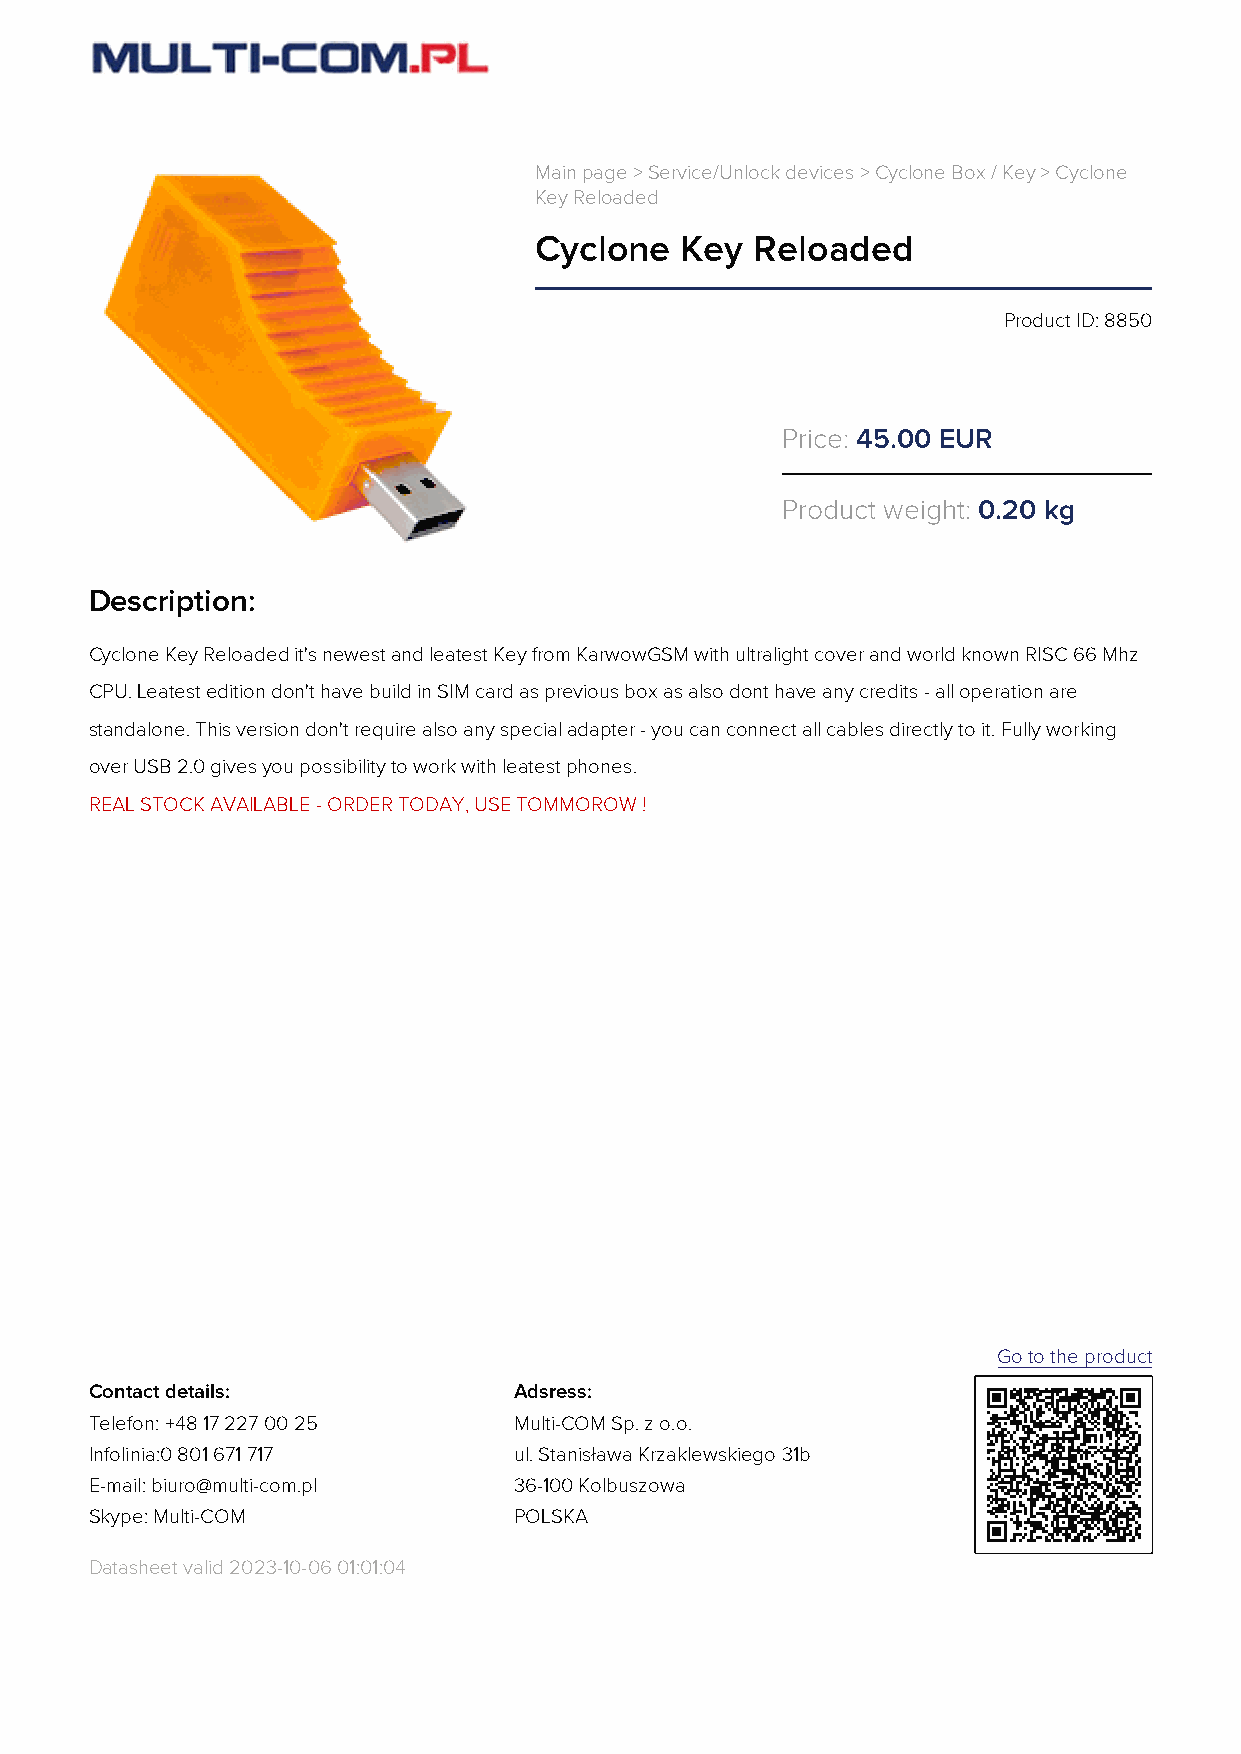
Main page > Service/Unlock devices > Cyclone Box / Key > Cyclone
 Key Reloaded
 Cyclone   Key  Reloaded
 Product ID: 8850
 Price: 45.00 EUR
 Product weight: 0.20 kg
 Description:
 Cyclone Key Reloaded it's newest and leatest Key from KarwowGSM with ultralight cover and world known RISC 66 Mhz
 CPU. Leatest edition don't have build in SIM card as previous box as also dont have any credits - all operation are
 standalone. This version don't require also any special adapter - you can connect all cables directly to it. Fully working
 over USB 2.0 gives you possibility to work with leatest phones.
 REAL STOCK AVAILABLE - ORDER TODAY, USE TOMMOROW !
 Go to the product
 Contact details:            Adsress:
 Telefon: +48 17 227 00 25   Multi-COM Sp. z o.o.
 Infolinia:0 801 671 717     ul. Stanisława Krzaklewskiego 31b
 E-mail: biuro@multi-com.pl  36-100 Kolbuszowa
 Skype: Multi-COM            POLSKA
 Datasheet valid 2023-10-06 01:01:04